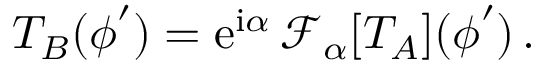
T _ { B } ( \boldsymbol \phi ^ { \prime } ) = \mathrm { e } ^ { \mathrm { i } \alpha } \, { \mathcal F } _ { \alpha } [ T _ { A } ] ( \boldsymbol \phi ^ { \prime } ) \, .